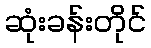
ဆုံးခန်းတိုင်